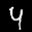
Label: 4